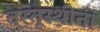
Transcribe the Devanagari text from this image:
वस्तूस्थीती